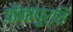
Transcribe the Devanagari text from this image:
यौनापुर्ति